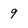
Character: 9